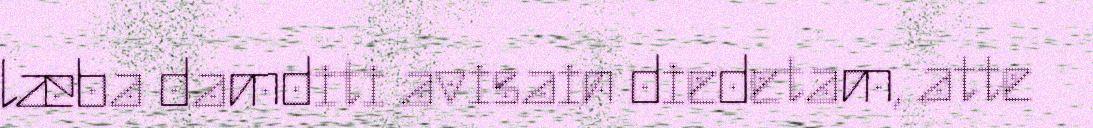
læba damditi avisain diedetam, atte